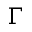
\Gamma